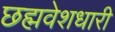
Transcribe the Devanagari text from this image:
छह्मवेशधारी